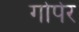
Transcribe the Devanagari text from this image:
गोपेर